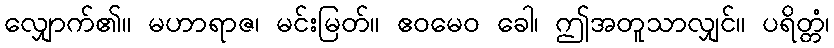
လျှောက်၏။ မဟာရာဇ၊ မင်းမြတ်။ ဧဝမေဝ ခေါ၊ ဤအတူသာလျှင်။ ပရိတ္တံ၊